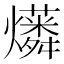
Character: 𤒑